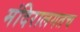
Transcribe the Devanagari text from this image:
मंदिरालगतच